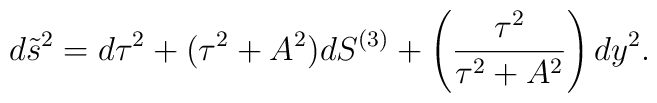
d\tilde s^2= d\tau^2 + (\tau^2+A^2) dS^{(3)} + \left({\tau^2 \over \tau^2+A^2}\right) dy^2.